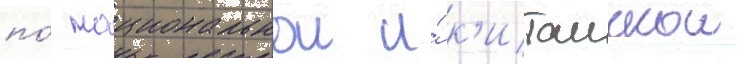
по́ национальнои и́ к'итаискои